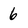
Character: 6